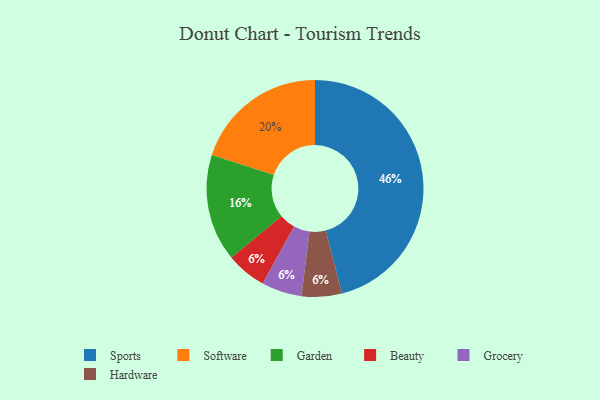
{"axis": {"x": "Category", "y": "Percentage"}, "legend": ["Beauty", "Garden", "Grocery", "Hardware", "Software", "Sports"], "data": [{"x": "Beauty", "y": 6, "type": "Beauty"}, {"x": "Grocery", "y": 6, "type": "Grocery"}, {"x": "Hardware", "y": 6, "type": "Hardware"}, {"x": "Sports", "y": 46, "type": "Sports"}, {"x": "Garden", "y": 16, "type": "Garden"}, {"x": "Software", "y": 20, "type": "Software"}]}